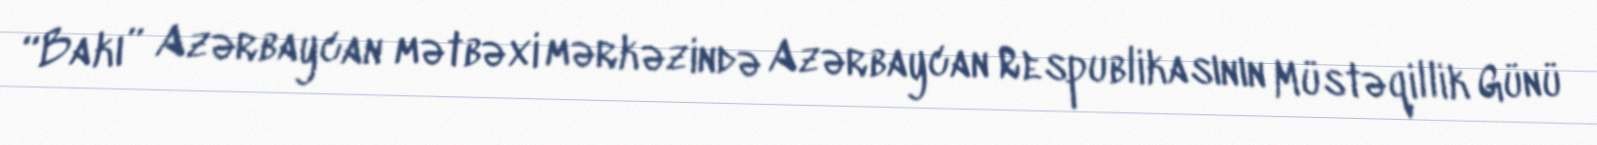
“Bakı” Azərbaycan mətbəxi mərkəzində Azərbaycan Respublikasının Müstəqillik Günü